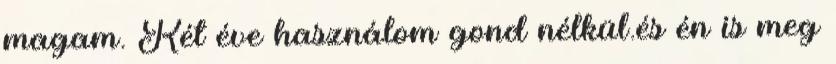
magam. Két éve használom gond nélkül.és én is meg